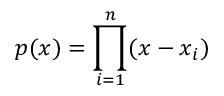
p ( x ) = \prod _ { i = 1 } ^ { n } ( x - x _ { i } )